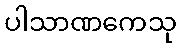
ပါသာဏကေသု